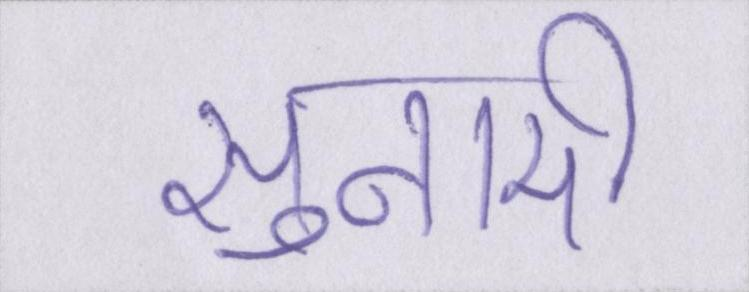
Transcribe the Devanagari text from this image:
सुनामी